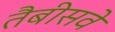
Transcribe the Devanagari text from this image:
तैबीसवे